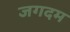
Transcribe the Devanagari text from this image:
जगदम